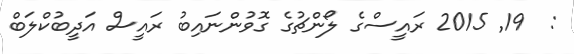
:  19